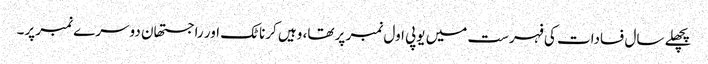
پچھلے سال فسادات کی فہرست میں یوپی اول نمبر پر تھا، وہیں کرناٹک اور راجستھان دوسرے نمبر پر۔